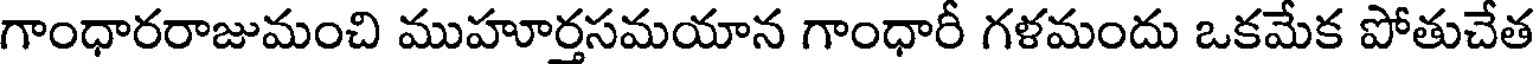
గాంధారరాజుమంచి ముహూర్తసమయాన గాంధారీ గళమందు ఒకమేక పోతుచేత